Papers set at the Examination for Leaving Certificates, 1894
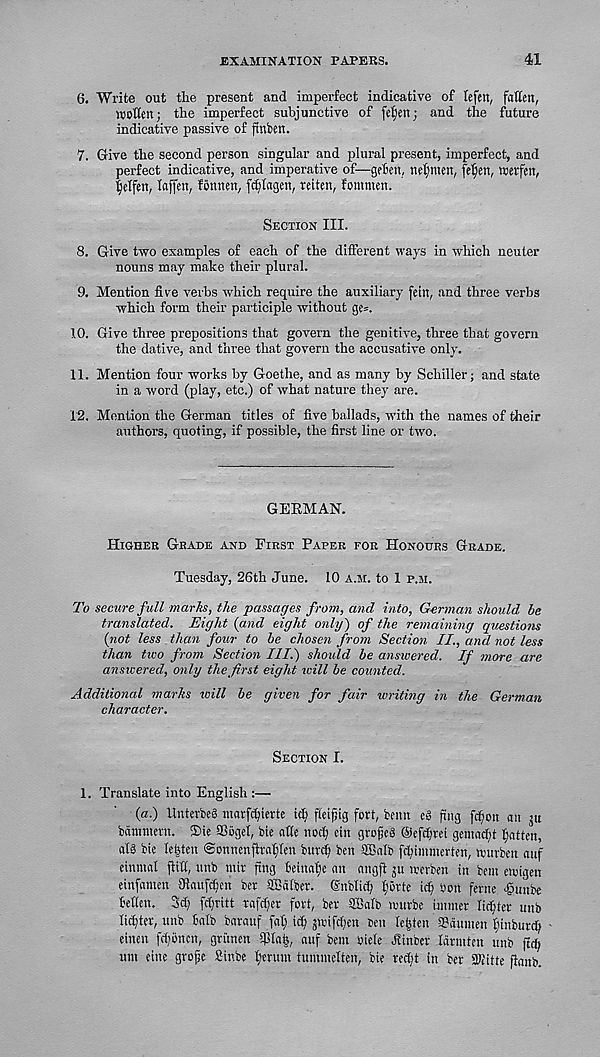
EXAMINATION PAPEES.
41
6. Write out the present and imperfect indicative of lefen, fatten,
ruotten; the imperfect subjunctive of fe^en; and the future
indicative passive of ftnben.
7. Give the second person singular and plural present, imperfect, and
perfect indicative, and imperative of—gefen, nefjmen, feljen, werfen,
fielfen, laffen, fonnen, fctitagen, reiten, fommen.
Section III.
8. Give two examples of each of the different ways in which neuter
nouns may make their plural.
9. Mention five verbs which require the auxiliary fetn, and three verbs
which form their participle without ge*.
10. Give three prepositions that govern the genitive, three that govern
the dative, and three that govern the accusative only.
11. Mention four works by Goethe, and as many by Schiller; and state
in a word (play, etc.) of what nature they are.
12. Mention the German titles of five ballads, with the names of their
authors, quoting, if possible, the first line or two.
GERMAN.
Higher Grade and First Paper for Honours Grade.
Tuesday, 26th June. 10 a.m. to 1 p.m.
To secure full marlis, the passages from, and into, German should he
translated. Eight {and eight only) of the remaining questions
{not less than four to be chosen from Section II., and not less
than two from Section III.) shoidd be answered. If more are
answered, only the first eight will be counted.
Additional marks will be given for fair ivriting in the German
character.
Section I.
1. Translate into English :—■
(a.) UnterbeS luarfc^ierte id; geiffig fort, benn eg gng fd)oit an ju
bantmern. ®ie SGbgel, bie atte nod; cin grofjeS ©efdrei gemadjt flatten,
ale bie leijten Sonnenfiraf fen burcf ben ttBalb fdjimnierten, neurben auf
einmal ftitt, unb mit fing feinafje an angft gu irerben in bent etoigen
einfamen Sflaufffen ber ttSdtber. (Snbtid; forte icf oon feme <§unbe
Mien. 3d; fd;ritt rafefer fort, ber Sffialb tvurbe immer Iid;ter unb
lidtter, unb Mb barauf fat; iff jtoifd;en ten teften Tdunten finbttrd;
cinen fd;oncn, griinen fittafe, auf bent oiete Jtinber Idrmttn unb ftd;
um eine grojjc Sinbe feruut tummetten, bie red;t in ber SKitte gattb.